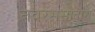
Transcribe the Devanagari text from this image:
नवरससातारा